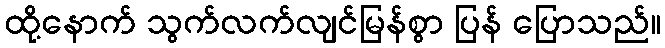
ထို့နောက် သွက်လက်လျင်မြန်စွာ ပြန် ပြောသည်။